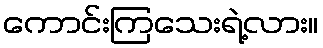
ကောင်းကြသေးရဲ့လား။